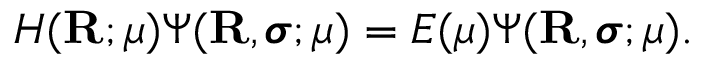
H ( \mathbf { R } ; \mu ) \Psi ( \mathbf { R } , \pmb { \sigma } ; \mu ) = E ( \mu ) \Psi ( \mathbf { R } , \pmb { \sigma } ; \mu ) .